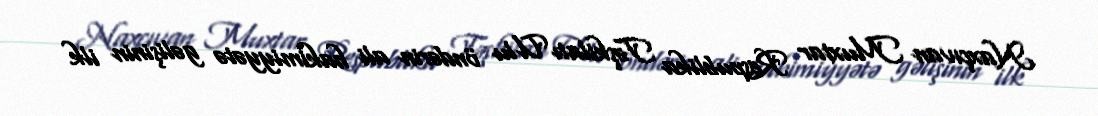
Naxçıvan Muxtar Respublika Təşkilatı Ulu öndərin ali hakimiyyətə gəlişinin ilk